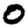
Digit: 0